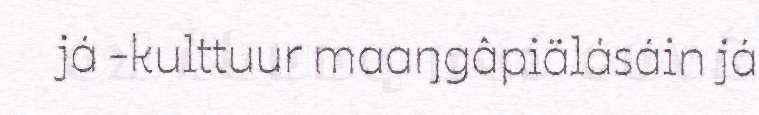
já -kulttuur maaŋgâpiälásáin já